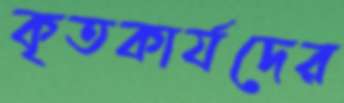
কৃতকার্যদের